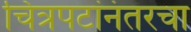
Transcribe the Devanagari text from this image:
चित्रपटांनंतरचा